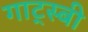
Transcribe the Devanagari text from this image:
गाट्स्बी